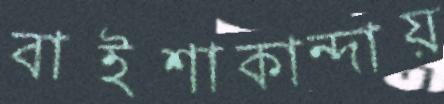
বাইশাকান্দায়